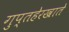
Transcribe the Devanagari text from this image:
गुप्तहेरखाते